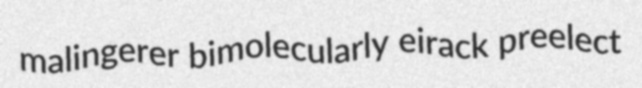
malingerer bimolecularly eirack preelect